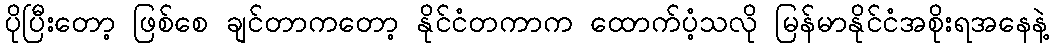
ပိုပြီးတော့ ဖြစ်စေ ချင်တာကတော့ နိုင်ငံတကာက ထောက်ပံ့သလို မြန်မာနိုင်ငံအစိုးရအနေနဲ့